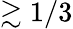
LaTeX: \gtrsim 1/3